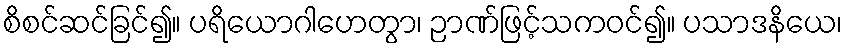
စိစင်ဆင်ခြင်၍။ ပရိယောဂါဟေတွာ၊ ဉာဏ်ဖြင့်သကဝင်၍။ ပသာဒနိယေ၊